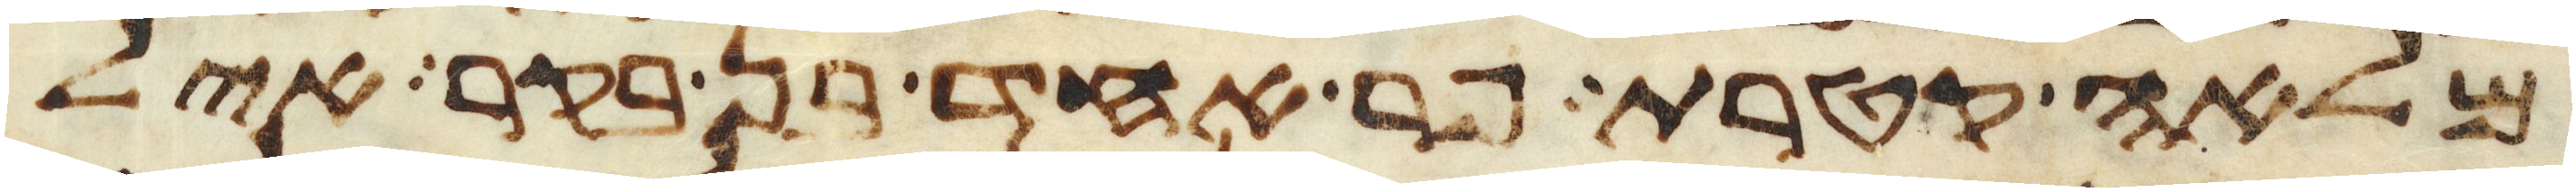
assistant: מלאה קטרת פר אחד בן בקר איל